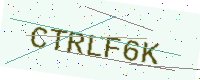
Text: CTRLF6K